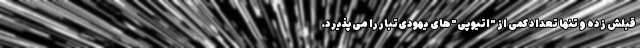
قبلش زده و تنها تعداد کمی از "اتیوپی‌"های یهودی‌تبار را می‌پذیرد.